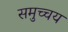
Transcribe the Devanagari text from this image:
समुच्‍चय